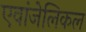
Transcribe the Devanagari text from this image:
एवांजेलिकल